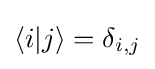
\langle i|j\rangle =\delta _{i,j}